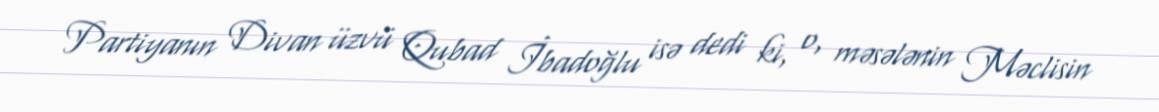
Partiyanın Divan üzvü Qubad İbadoğlu isə dedi ki, o, məsələnin Məclisin